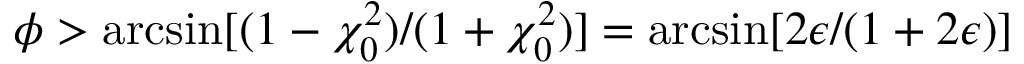
\phi > \arcsin [ ( 1 - \chi _ { 0 } ^ { 2 } ) / ( 1 + \chi _ { 0 } ^ { 2 } ) ] = \arcsin [ 2 \epsilon / ( 1 + 2 \epsilon ) ]